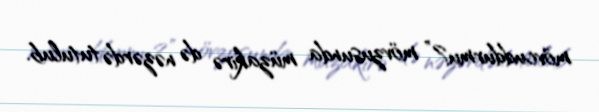
mövcuddurmu?” mövzusunda müzakirə də nəzərdə tutulub.